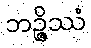
ဘဉ္ဇိဿံ